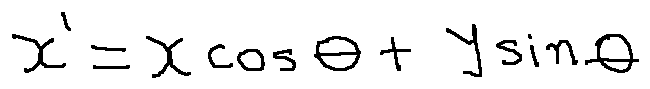
x ^ { \prime } = x \cos \theta + y \sin \theta